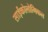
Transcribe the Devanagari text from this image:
साईकोलोगिकल